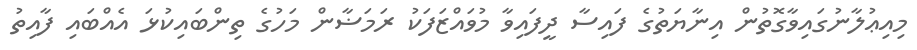
މިއިޢުލާނުގައިވާގޮތުން އިނާޔަތުގެ ފައިސާ ދީފައިވާ މުވައްޒަފަކު ރަމަޟާން މަހުގެ ތިންބައިކުޅަ އެއްބައި ފާއިތު